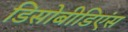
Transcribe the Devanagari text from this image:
डिसोबीडिएंस